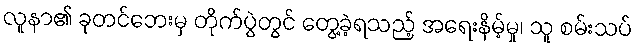
လူနာ၏ ခုတင်ဘေးမှ တိုက်ပွဲတွင် တွေ့ခဲ့ရသည့် အရေးနိမ့်မှု၊ သူ စမ်းသပ်